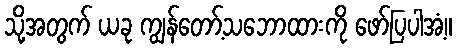
သို့အတွက် ယခု ကျွန်တော့်သဘောထားကို ဖော်ပြပါအံ့။